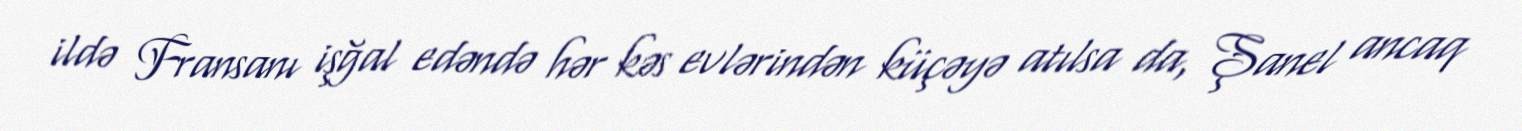
ildə Fransanı işğal edəndə hər kəs evlərindən küçəyə atılsa da, Şanel ancaq